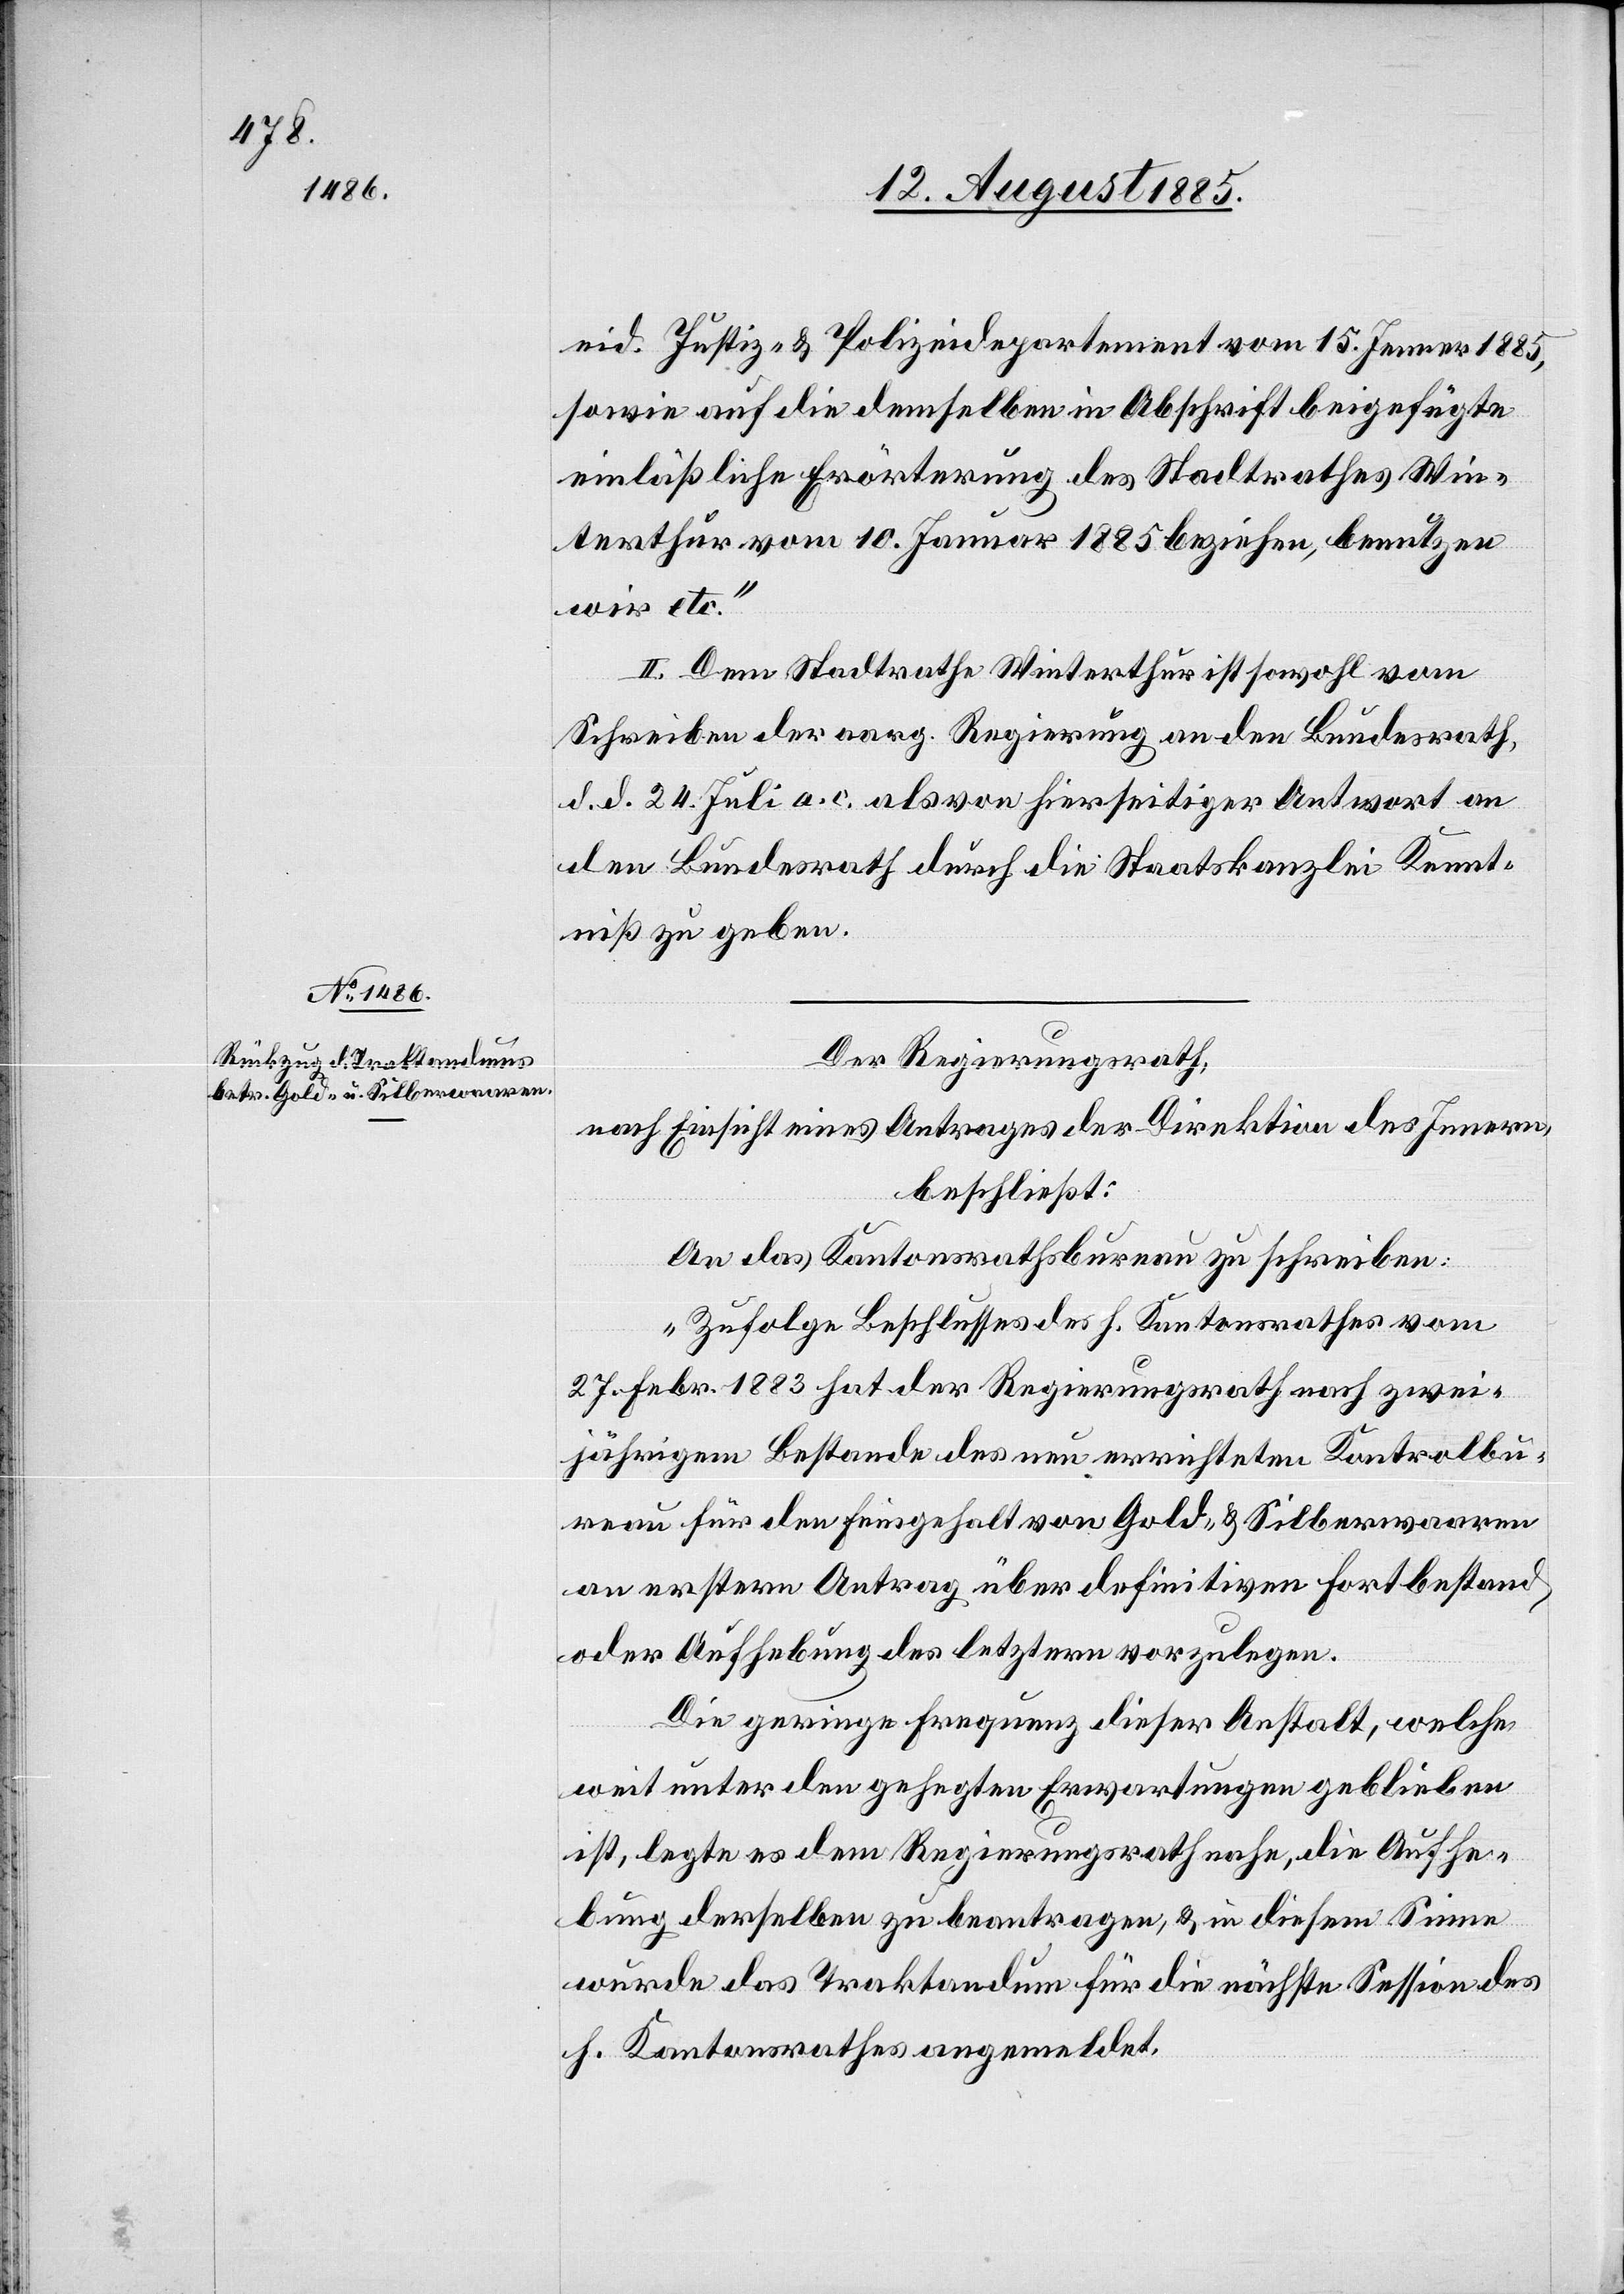
eid. Justiz- & Polizeidepartement vom 15. Jenner 1885,
sowie auf die demselben in Abschrift beigefügte
einläßliche Erörterung des Stadtrathes Win¬
terthur vom 10. Januar 1885 beziehen, benutzen
wir etc.“
II. Dem Stadtrathe Winterthur ist sowohl vom
Schreiben der aarg. Regierung an den Bundesrath,
d. d. 24. Juli a. c. als von hierseitiger Antwort an
den Bundesrath durch die Staatskanzlei Kennt¬
niß zu geben.
Der Regierungsrath,
nach Einsicht eines Antrages der Direktion des Innern,
beschließt:
An das Kantonsrathsbureau zu schreiben:
„Zufolge Beschlusses des h. Kantonsrathes vom
27. Febr. 1883 hat der Regierungsrath nach zwei¬
jährigem Bestande des neu errichteten Kontrolbu¬
reau für den Feingehalt von Gold- & Silberwaaren
an erstern Antrag über definitiven Fortbestand
oder Aufhebung des letztern vorzulegen.
Die geringe Frequenz dieser Anstalt, welche
weit unter den gehegten Erwartungen geblieben
ist, legte es dem Regierungsrath nahe, die Aufhe¬
bung derselben zu beantragen, & in diesem Sinne
wurde das Traktandum für die nächste Session des
h. Kantonsrathes angemeldet.